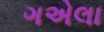
ગએલા